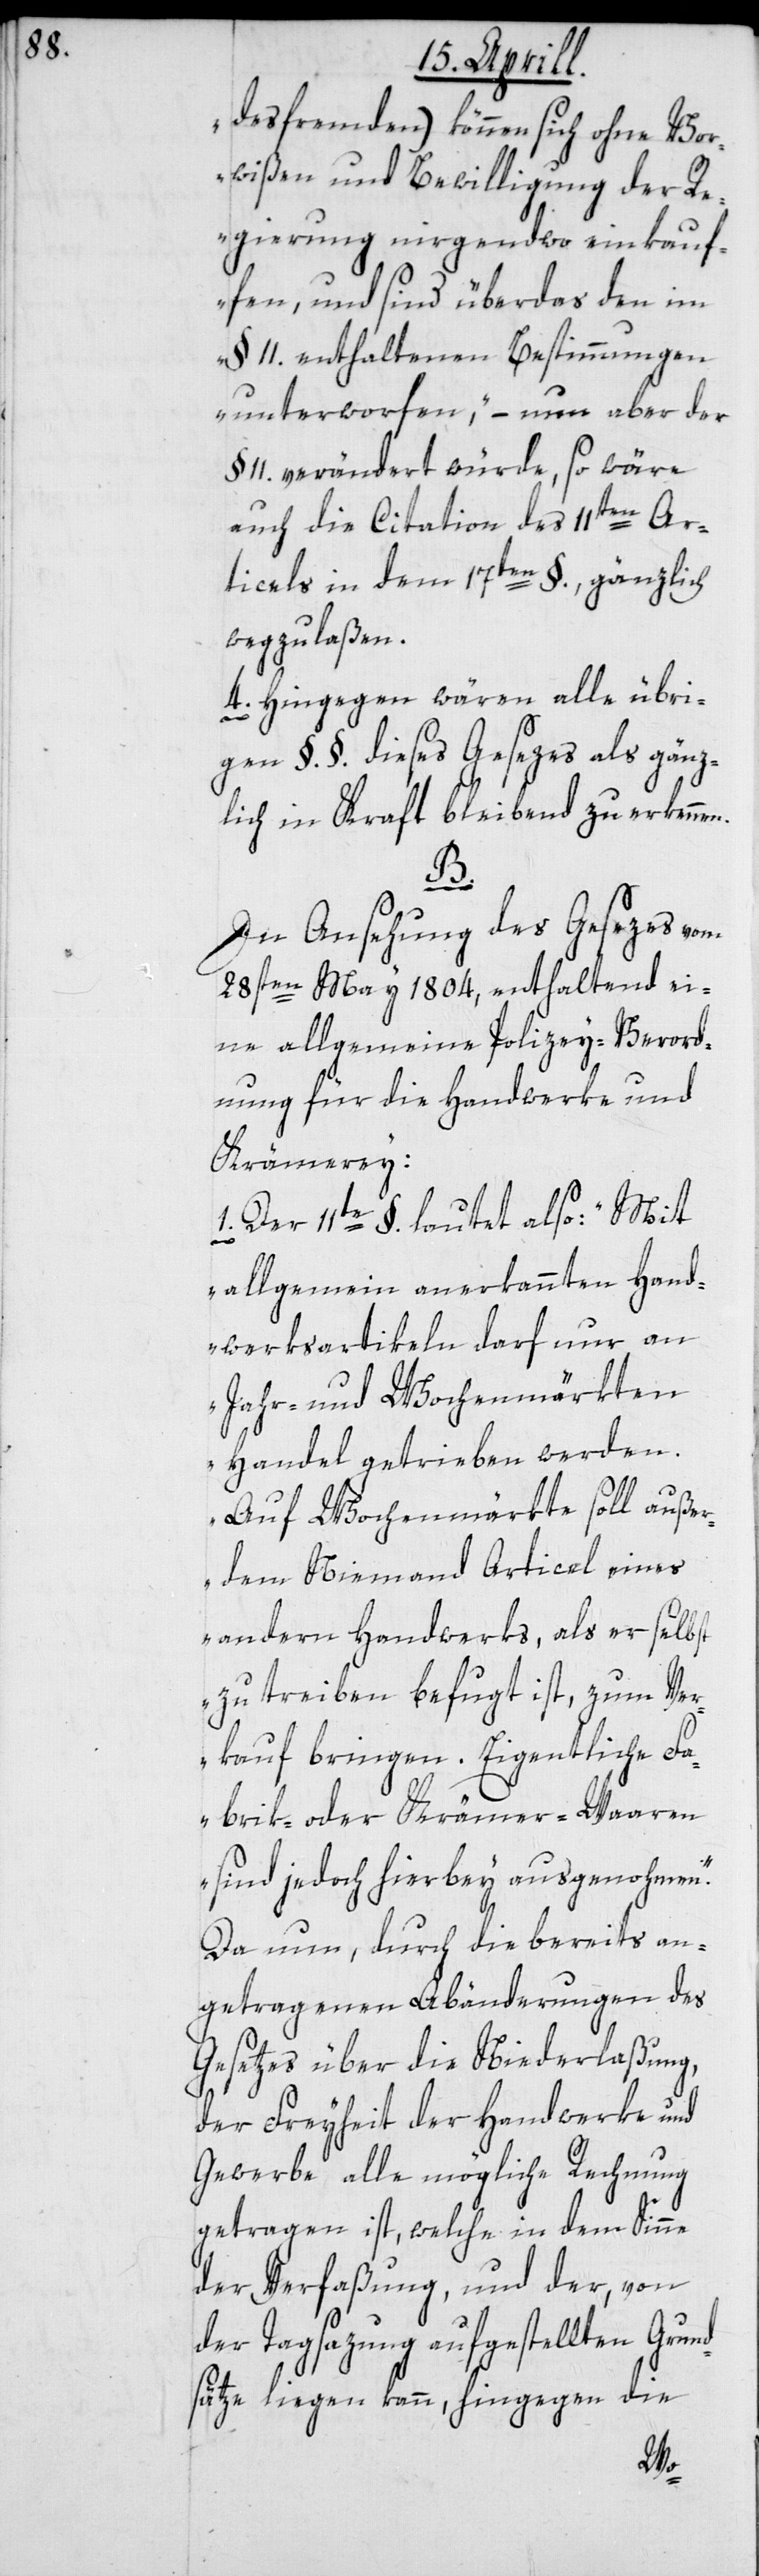
desfremden) können sich ohne Vor¬
wißen und Bewilligung der R¬
egierung nirgendwo einkauf¬
en, und sind überdas den im
§ 11. enthaltenen Bestimmungen
unterworfen“, – nun aber der
11. verändert würde, so wäre
auch die Citation des 11ten Ar¬
ticels in dem 17ten §., gänzlich
wegzulaßen.
4. Hingegen wären alle übri¬
gen §. §. dieses Gesezes als gänz¬
lich in Kraft bleibend zu erkenne¬
B.
In Ansehung des Gesezes vom
28sten May 1804, enthaltend ei¬
ne allgemeine Polizey-Verord¬
nung für die Handwerke und
Krämerey:
1. Der 11te § lautet also: „Mit
allgemein anerkannten Hand¬
werksartikeln darf nur an
Jahr- und Wochenmärkten
Handel getrieben werden.
Auf Wochenmärkte soll außer¬
dem Niemand Articel eines
anderen Handwerks, als er selbst
zu treiben befugt ist, zum Ver¬
kauf bringen. Eigentliche Fa¬
brik- oder Krämer-Waaren
sind jedoch hierbey ausgenohmen“.
Da nun, durch die bereits an¬
getragenen Abänderungen des
Gesetzes über die Niederlaßung,
der Freyheit der Handwerke und
Gewerbe alle mögliche Rechnung
getragen ist, welche in dem Sinne
der Verfaßung, und der, von
der Tagsazung aufgestellten Grund¬
sätze liegen kann, hingegen die